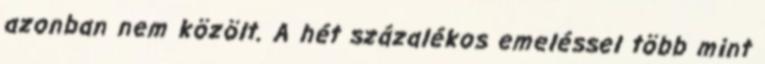
azonban nem közölt. A hét százalékos emeléssel több mint